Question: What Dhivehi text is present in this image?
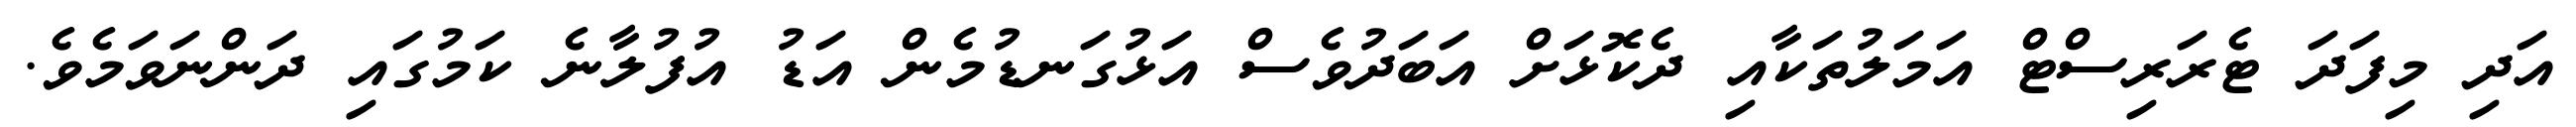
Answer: އަދި މިފަދަ ޓެރަރިސްޓް އަމަލުތަކާއި ދެކޮޅަށް އަބަދުވެސް އަޅުގަނޑުމެން އަޑު އުފުލާނެ ކަމުގައި ދަންނަވަމެވެ.